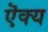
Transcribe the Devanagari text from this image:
ऎक्य